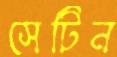
সেটিন